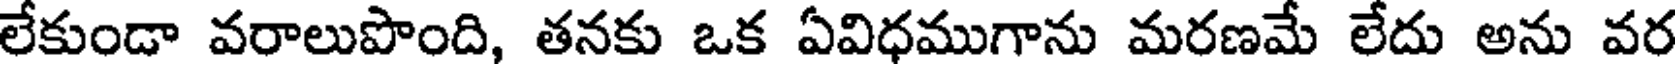
లేకుండా వరాలుపొంది, తనకు ఒక ఏవిధముగాను మరణమే లేదు అను వర